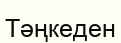
Тәңкеден